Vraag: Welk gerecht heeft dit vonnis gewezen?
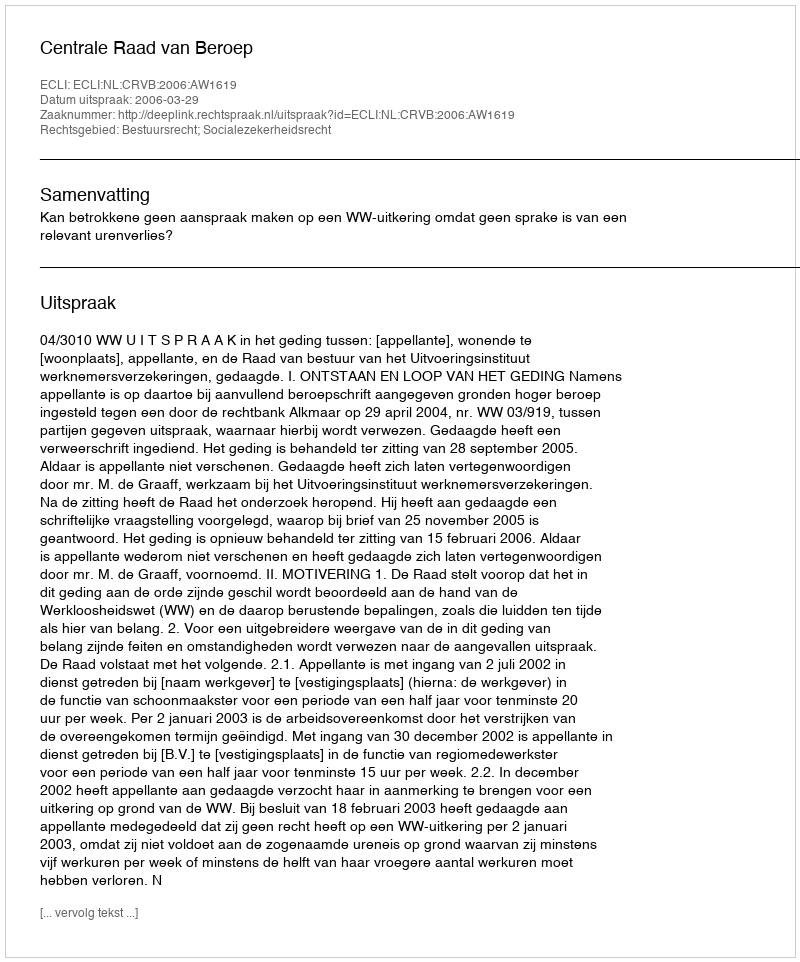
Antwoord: Centrale Raad van Beroep